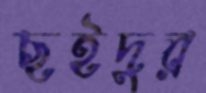
ছইদুর